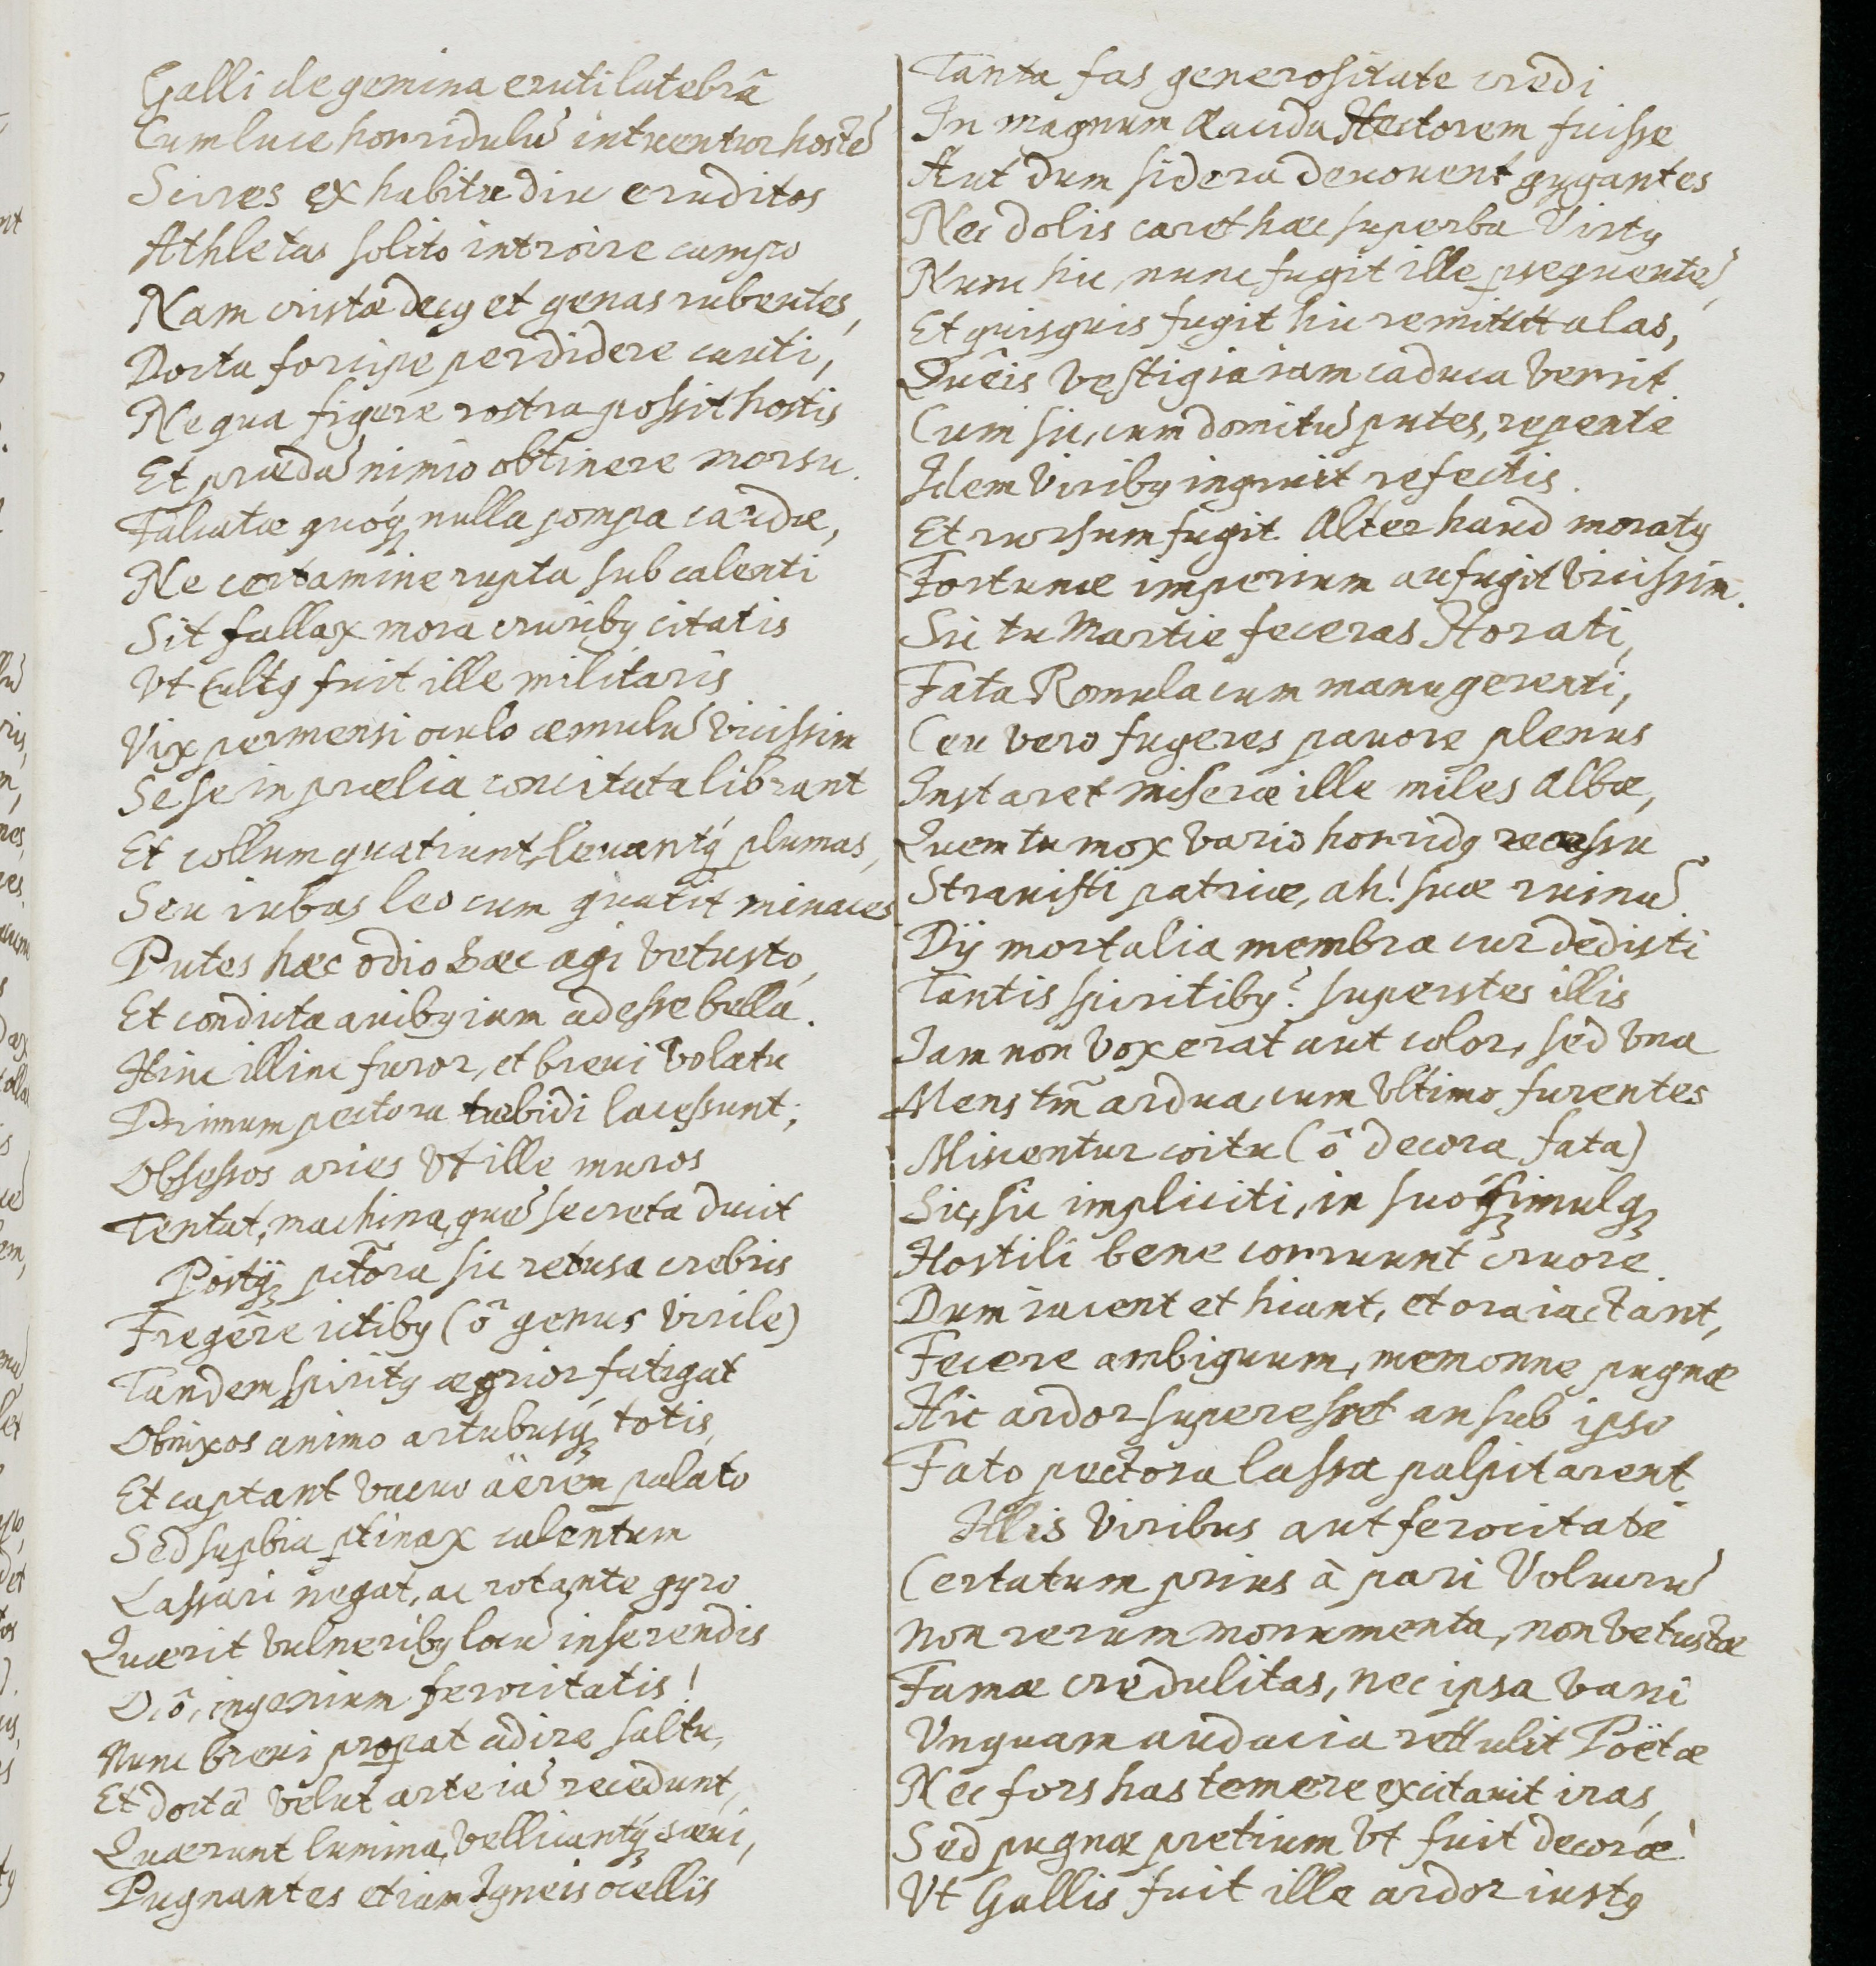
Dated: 1655–1655